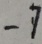
- 7